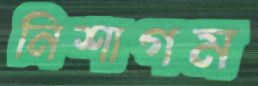
নিশাগম